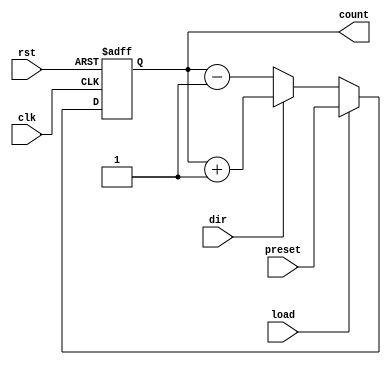
module sync_load_counter (
    input wire clk,            // Clock signal
    input wire rst,            // Asynchronous active-high reset
    input wire load,           // Load signal
    input wire dir,            // Direction signal (1 for up, 0 for down)
    input wire [7:0] preset,   // Preset value to load (8-bit width)
    output reg [7:0] count     // Current counter value (8-bit width)
);

    // Always block sensitive to the clock for synchronous operations
    always @(posedge clk or posedge rst) begin
        if (rst) begin
            // Reset condition: set count to zero
            count <= 8'b0;
        end else if (load) begin
            // Load condition: load preset value into count
            count <= preset;
        end else begin
            // Counting operation
            if (dir) begin
                // Increment operation
                count <= count + 1;
            end else begin
                // Decrement operation
                count <= count - 1;
            end
        end
    end

endmodule